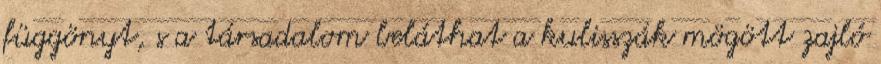
függönyt, s a társadalom beláthat a kulisszák mögött zajló